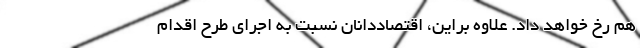
هم رخ خواهد داد. علاوه براین، اقتصاددانان نسبت به اجرای طرح اقدام